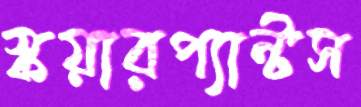
স্কয়ারপ্যান্টস